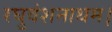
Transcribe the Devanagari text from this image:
रघुवंशनाथम।